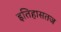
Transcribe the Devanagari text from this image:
इतिहासतज